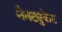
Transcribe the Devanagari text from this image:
नैनट्युकेट